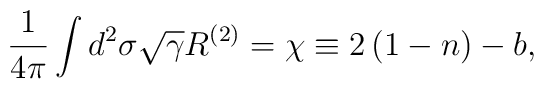
\frac{1}{4\pi}\int d^2\sigma \sqrt{\gamma} R^{(2)} = \chi \equiv2\left( 1-n\right) -b ,